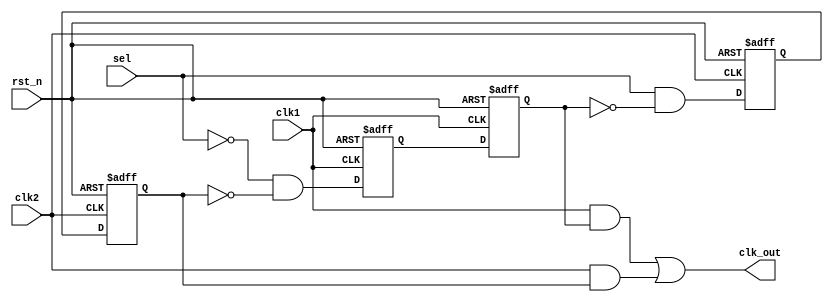
`timescale 1ns / 1ps
//////////////////////////////////////////////////////////////////////////////////
// Company: 
// 
// Design Name: 
// Module Name: glitch_free_clock_mux
// Project Name: 
// Target Devices: 
// Tool Versions: 
// Description: 
// 
// Dependencies: 
// 
// Revision:
// Revision 0.01 - File Created
// Additional Comments:
// 
//////////////////////////////////////////////////////////////////////////////////


module glitch_free_clock_mux(

    input clk1,
    input clk2,
    input sel,
    input rst_n,
    output clk_out  

    );
    
 //Registers
 reg r_clk2_ff1;   
 reg r_clk2_ff2;  
 reg r_clk1_ff1;  
 reg r_clk1_ff2;
 
 //wires
 wire i_and1;  
 wire i_and2;  
 wire o_and1;  
 wire o_and2;  
 
 // and login input side
 
 assign i_and1 = (!sel) & (!r_clk2_ff2);
 assign i_and2 = (sel)  & (!r_clk1_ff2);
 
 // and logic output side
 assign o_and1 = clk1 & r_clk1_ff2 ;
 assign o_and2 = clk2 & r_clk2_ff2 ;
 
 
 // output logic
 
 assign clk_out = o_and1 || o_and2 ;
 
 
 //sync clk1
 always @(posedge clk1 or negedge rst_n) begin
    if(!rst_n) begin
    r_clk1_ff1 <= 1'b0;
    r_clk1_ff2 <= 1'b0;
    end
    
    else begin
    r_clk1_ff1 <= i_and1;
    r_clk1_ff2 <= r_clk1_ff1;
    end
  
 end
    
  //sync clk2
 always @(posedge clk2 or negedge rst_n) begin
    if(!rst_n) begin
    r_clk2_ff1 <= 1'b0;
    r_clk2_ff2 <= 1'b0;
    end
    
    else begin
    r_clk2_ff1 <= i_and2;
    r_clk2_ff2 <= r_clk2_ff1;
    end
  
 end
           
endmodule